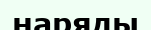
наряды